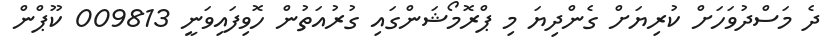
ދެ މަސްދުވަހަށް ކުރިޔަށް ގެންދިޔަ މި ޕްރޮމޯޝަންގައި ގުރުއަތުން ހޮވިފައިވަނީ 009813 ކޫޕްން